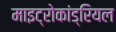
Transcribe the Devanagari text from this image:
माइट्रोकांड्रियल